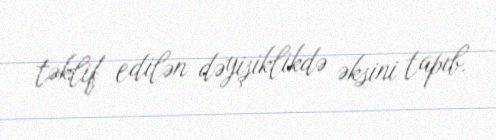
təklif edilən dəyişiklikdə əksini tapıb.